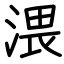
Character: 渨